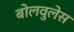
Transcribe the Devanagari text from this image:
बोलवुलेस